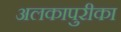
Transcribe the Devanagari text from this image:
अलकापुरीका